Annual report on the lock hospitals of the Madras Presidency
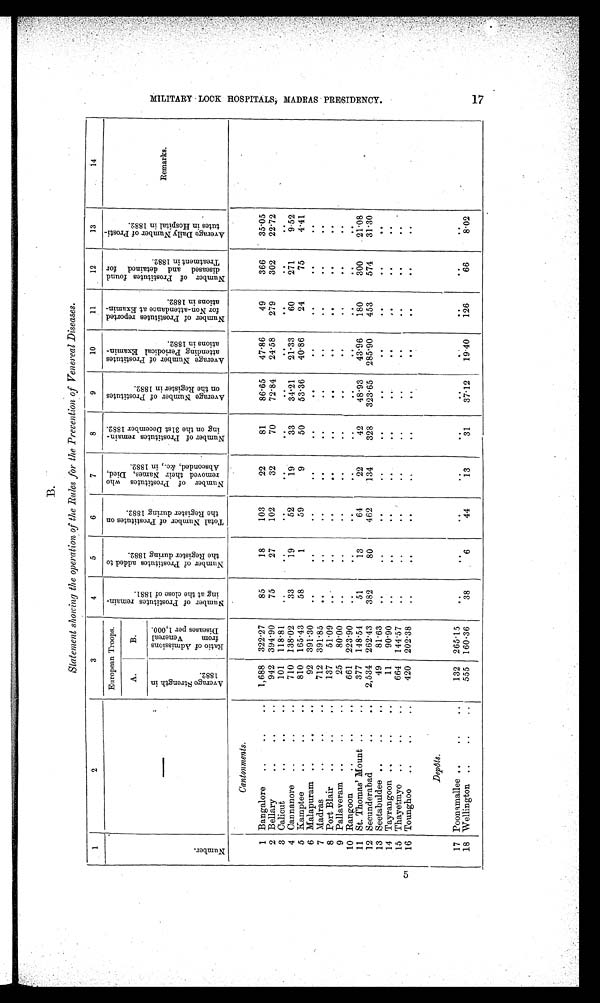
1
2
3
4
5
6
7
8
9
10
11
12
13
14
N u m b e r .
—
European Troops.
N u m b e r o f P r o s t i t u t e s r e m a i n . i n g a t t h e c l o s e o f 1 8 8 1 .
N u m b e r o f P r o s t i t u t e s a d d e d t o t h e R e g i s t e r d u r i n g 1 8 8 2 .
T o t a l N u m b e r o f P r o s t i t u t e s o n t h e R e g i s t e r d u r i n g 1 8 8 2 .
N u m b e r o f P r o s t i t u t e s w h o r e m o v e d t h e i r N a m e s , D i e d , A b s e c o n d e d , & c . , i n 1 8 8 2 .
N u m b e r o f P r o t i t u t e s r e m a i n . i n g o n t h e 3 1 s t D e c e m b e r 1 8 8 2 .
A v e r a g e N u m b e r o f P r o s t i t u t e s o n t h e R e g i s t e r i n 1 8 8 2 . A v e r a g e N u m b e r o f P r o s t i t u t e s a t t e n d i n g P e r i o d i c a l E x a m i n . a t i o n s i n 1 8 8 2 .
N u m b e r o f P r o s t i t u t e s r e p o r t e d f o r N o n . a t t e n d a n c e a t E x a m i n . a t i o n s i n 1 8 8 2 .
N u m b e r o f P r o s t i t u t e s f o u n d d i s e a s e d a n d d e t a i n e d f o r . T r e a t m e n t i n 1 8 8 2 .
A v e r a g e D a i l y N u m b e r o f P r o s t i . t u t e s i n H o s p i t a l i n 1 8 8 2 .
Remarks.
A .
B .
A v e r a g e S t r e n g t h i n 1 8 8 2 .
R a t i o o f A d m i s s i o n s f r o m V e n e r e a l D i s e a s e s . p e r 1 , 0 0 0 .
Cantonments.
1 Bangalore
..
..
..
1,688 322 . 27
85
18
103
22
81
86.65
47.86
49
366
35.05
2 Bellary
..
..
..
942 394 . 90
75
27
102
32
70
72.84
24.58
279
302
22.72
3 Calicut
..
..
101 118.81
. . .
..
. .
. .
. .
..
. .
. .
. .
. .
4 Cannanore ..
..
710 138.02
33
19
52
19
33
34.21
21.33
60
271
9.52
5 Kamptee
..
..
810 165.43
58
1
59
9
50
53.36
40.86
24
75
4.41
6 Malapuram ..
..
..
92 391.30
. .
. .
. .
. .
. .
. .
. .
. .
. . . .
7 Madras
..
..
..
712 391 . 85
..
. .
. .
..
. .
. .
. .
. .
. .
. .
8 Port Blair
..
..
..
137
51.09
..
. .
..
..
..
..
. .
. .
. .
. .
9 Pallaveram ..
..
..
25
80 . 00
..
..
. .
. .
. .
. .
. .
. .
. .
. .
10 Rangoon
..
..
..
661 223 . 90
..
. .
..
. .
..
..
. .
. .
. .
. .
11 St. Thomas' Mount ..
..
377 148 . 54
51
13
64
22
42
48.93
43.96
180
300
21.08
12 Secunderabad
..
..
2,534 262 .43
382
80
462
134
328
323.65 285.90
453
574
31.30
13 Seetabuldee ..
..
, .
49
81.63
. .
..
. .
..
. .
. .
. .
..
. .
. .
14 Tayrangoon . ,
..
• .
11
90.90
. .
. .
. .
. .
. .
. .
. .
. .
. .
. .
15 Thayetmyo ..
..
..
664 144.57
. . ..
..
..
..
. .
. .
. .
. .
..
16 Tounghoo
..
..
..
420 202.38
..
. .
. .
. .
. .
. .
. .
. .
. .
. .
Depôts.
17 Poonamallee ..
..
..
132 265 . 15
..
. .
..
..
. .
. .
. .
. .
. .
. .
18 Wellington ..
..
555 160.36
38
6
44
13
31
37.12
19.40
126
66
8.02
MILITARY LOCK HOSPOTALS, MADRAS PRESIDENCY.
B.
Statement showing the operation of the Rules for the Prevention of Venereal Diseases.